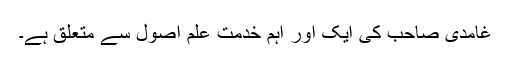
غامدی صاحب کی ایک اور اہم خدمت علم اصول سے متعلق ہے۔